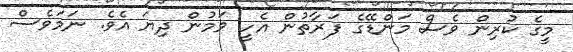
މީގެ ކުރިން ވެސް މަންޑޭގެ ފަރާތުން އެހީ ވަމުން ދިޔަ އެވެ. ނަމަވެސް